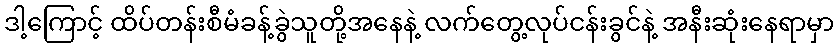
ဒါ့ကြောင့် ထိပ်တန်းစီမံခန့်ခွဲသူတို့အနေနဲ့ လက်တွေ့လုပ်ငန်းခွင်နဲ့ အနီးဆုံးနေရာမှာ